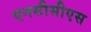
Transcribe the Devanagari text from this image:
एनसीसीएस